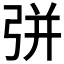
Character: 𢏳